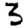
Digit: 3